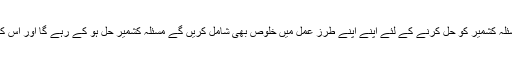
کہتے ہین «من جد وجد»(جس نے ڈھونڈا اس نے پایا) اگر ہماری سیاسی جماعتیں مسئلہ کشمیر کو حل کرنے کے لئے اپنے اپنے طرز عمل میں خلوص بھی شامل کریں گے مسئلہ کشمیر حل ہو کے رہے گا اور اس کے مفید ثمرات سے،کشمیر اور کشمیریت کا ہر دوست و دشمن بھرہ مند ہو جائے گا۔